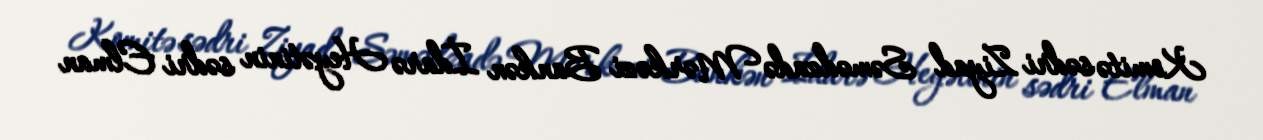
Komitə sədri Ziyad Səmədzadə Mərkəzi Bankən İdarə Heyətinin sədri Elman